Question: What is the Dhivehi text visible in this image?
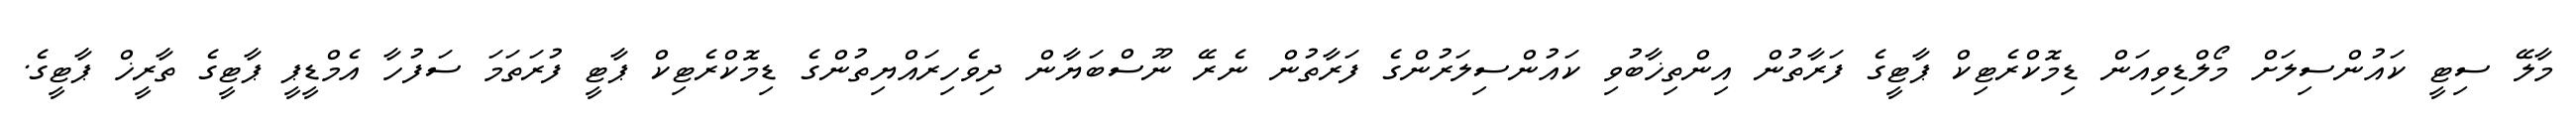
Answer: މާލޭ ސިޓީ ކައުންސިލަށް މޯލްޑިވިއަން ޑިމޮކްރެޓިކް ޕާޓީގެ ފަރާތުން އިންތިޚާބުވި ކައުންސިލަރުންގެ ފަރާތުން ނެރޭ ނޫސްބަޔާން ދިވެހިރައްޔިތުންގެ ޑިމޮކްރެޓިކް ޕާޓީ ފުރަތަމަ ސަފުހާ އެމްޑީޕީ ޕާޓީގެ ތާރީޚް ޕާޓީގެ.